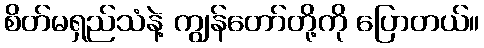
စိတ်မရှည်သံနဲ့ ကျွန်တော်တို့ကို ပြောတယ်။